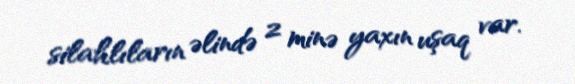
silahlıların əlində 2 minə yaxın uşaq var.